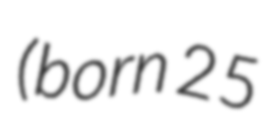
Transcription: (born 25